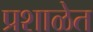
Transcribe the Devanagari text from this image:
प्रशाळेत